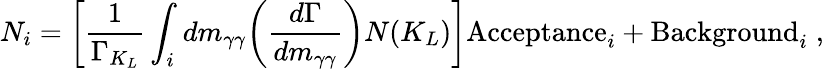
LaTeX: N_{i}=\biggl[{\frac{1}{\Gamma_{K_{L}}}}\int_{i}dm_{\gamma\gamma}\biggl({\frac{d\Gamma}{dm_{\gamma\gamma}}}\biggr)N(K_{L})\biggr]\mathrm{Acceptance}_{i}+\mathrm{Background}_{i}\; ,